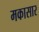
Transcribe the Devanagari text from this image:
मकासार